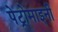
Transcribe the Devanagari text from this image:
पेट्रोमाइनी